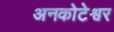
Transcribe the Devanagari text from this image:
अनकोटेश्वर